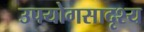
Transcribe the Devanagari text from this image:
उपयोगसादृश्य